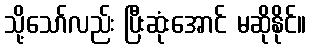
သို့သော်လည်း ပြီးဆုံးအောင် မဆိုနိုင်။